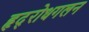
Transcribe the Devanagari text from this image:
हृद्‌रोधगलन